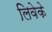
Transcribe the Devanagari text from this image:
लिवेके